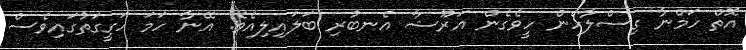
އޮތް ހަމްނާ ގިސްލާހެން ހީވެގެން އަރޫޝާ އެނބުރި ބަލައިލިއެވެ. އޭނާ ހަމަ ހަގީގަތުގައިވެސް